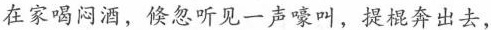
在家喝闷酒，倏忽听见一声嚎叫，提棍奔出去。